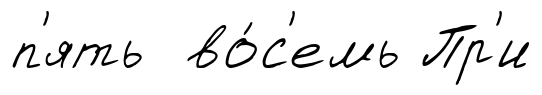
п'ять во́с'емь Пр'и